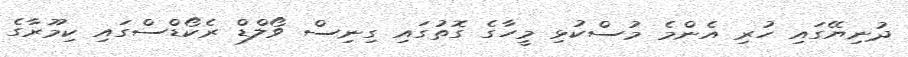
ދުނިޔޭގައި ހުރި އެންމެ މުސްކުޅި މީހާގެ ގޮތުގައި ގިނިސް ވޯލްޑް ރެކޯޑްސްގައި ކިމޫރާގެ